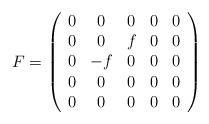
LaTeX: \begin{align*}F=\left(\begin{array}{ccccc}0 & 0 & 0 & 0 & 0 \\0 & 0 & f & 0 & 0 \\0 & -f & 0 & 0 & 0 \\0 & 0 & 0 & 0 & 0 \\0 & 0 & 0 & 0 & 0\end{array}\right)\end{align*}